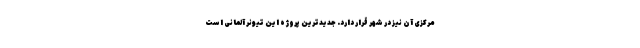
مرکزی آن نیز در شهر قرار دارد. جدیدترین پروژه این تیونر آلمانی است